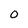
Character: O